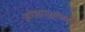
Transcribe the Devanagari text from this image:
अपेक्षाएअपेक्षाएं